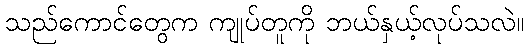
သည်ကောင်တွေက ကျုပ်တူကို ဘယ်နှယ့်လုပ်သလဲ။